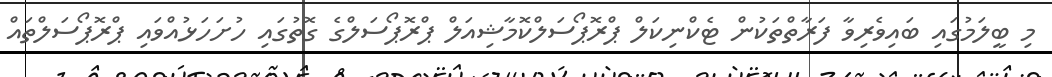
މި ބީލަމުގައި ބައިވެރިވާ ފަރާތްތަކުން ޓެކްނިކަލް ޕްރޮޕޯސަލްކޮމާޝިއަލް ޕްރޮޕޯސަލްގެ ގޮތުގައި ހުށަހަޅުއްވައި ޕްރޮޕޯސަލްތައް